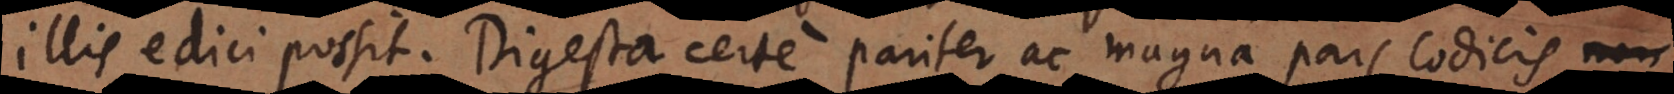
illis edici possit. Digesta certe pariter ac magna pars Codicis